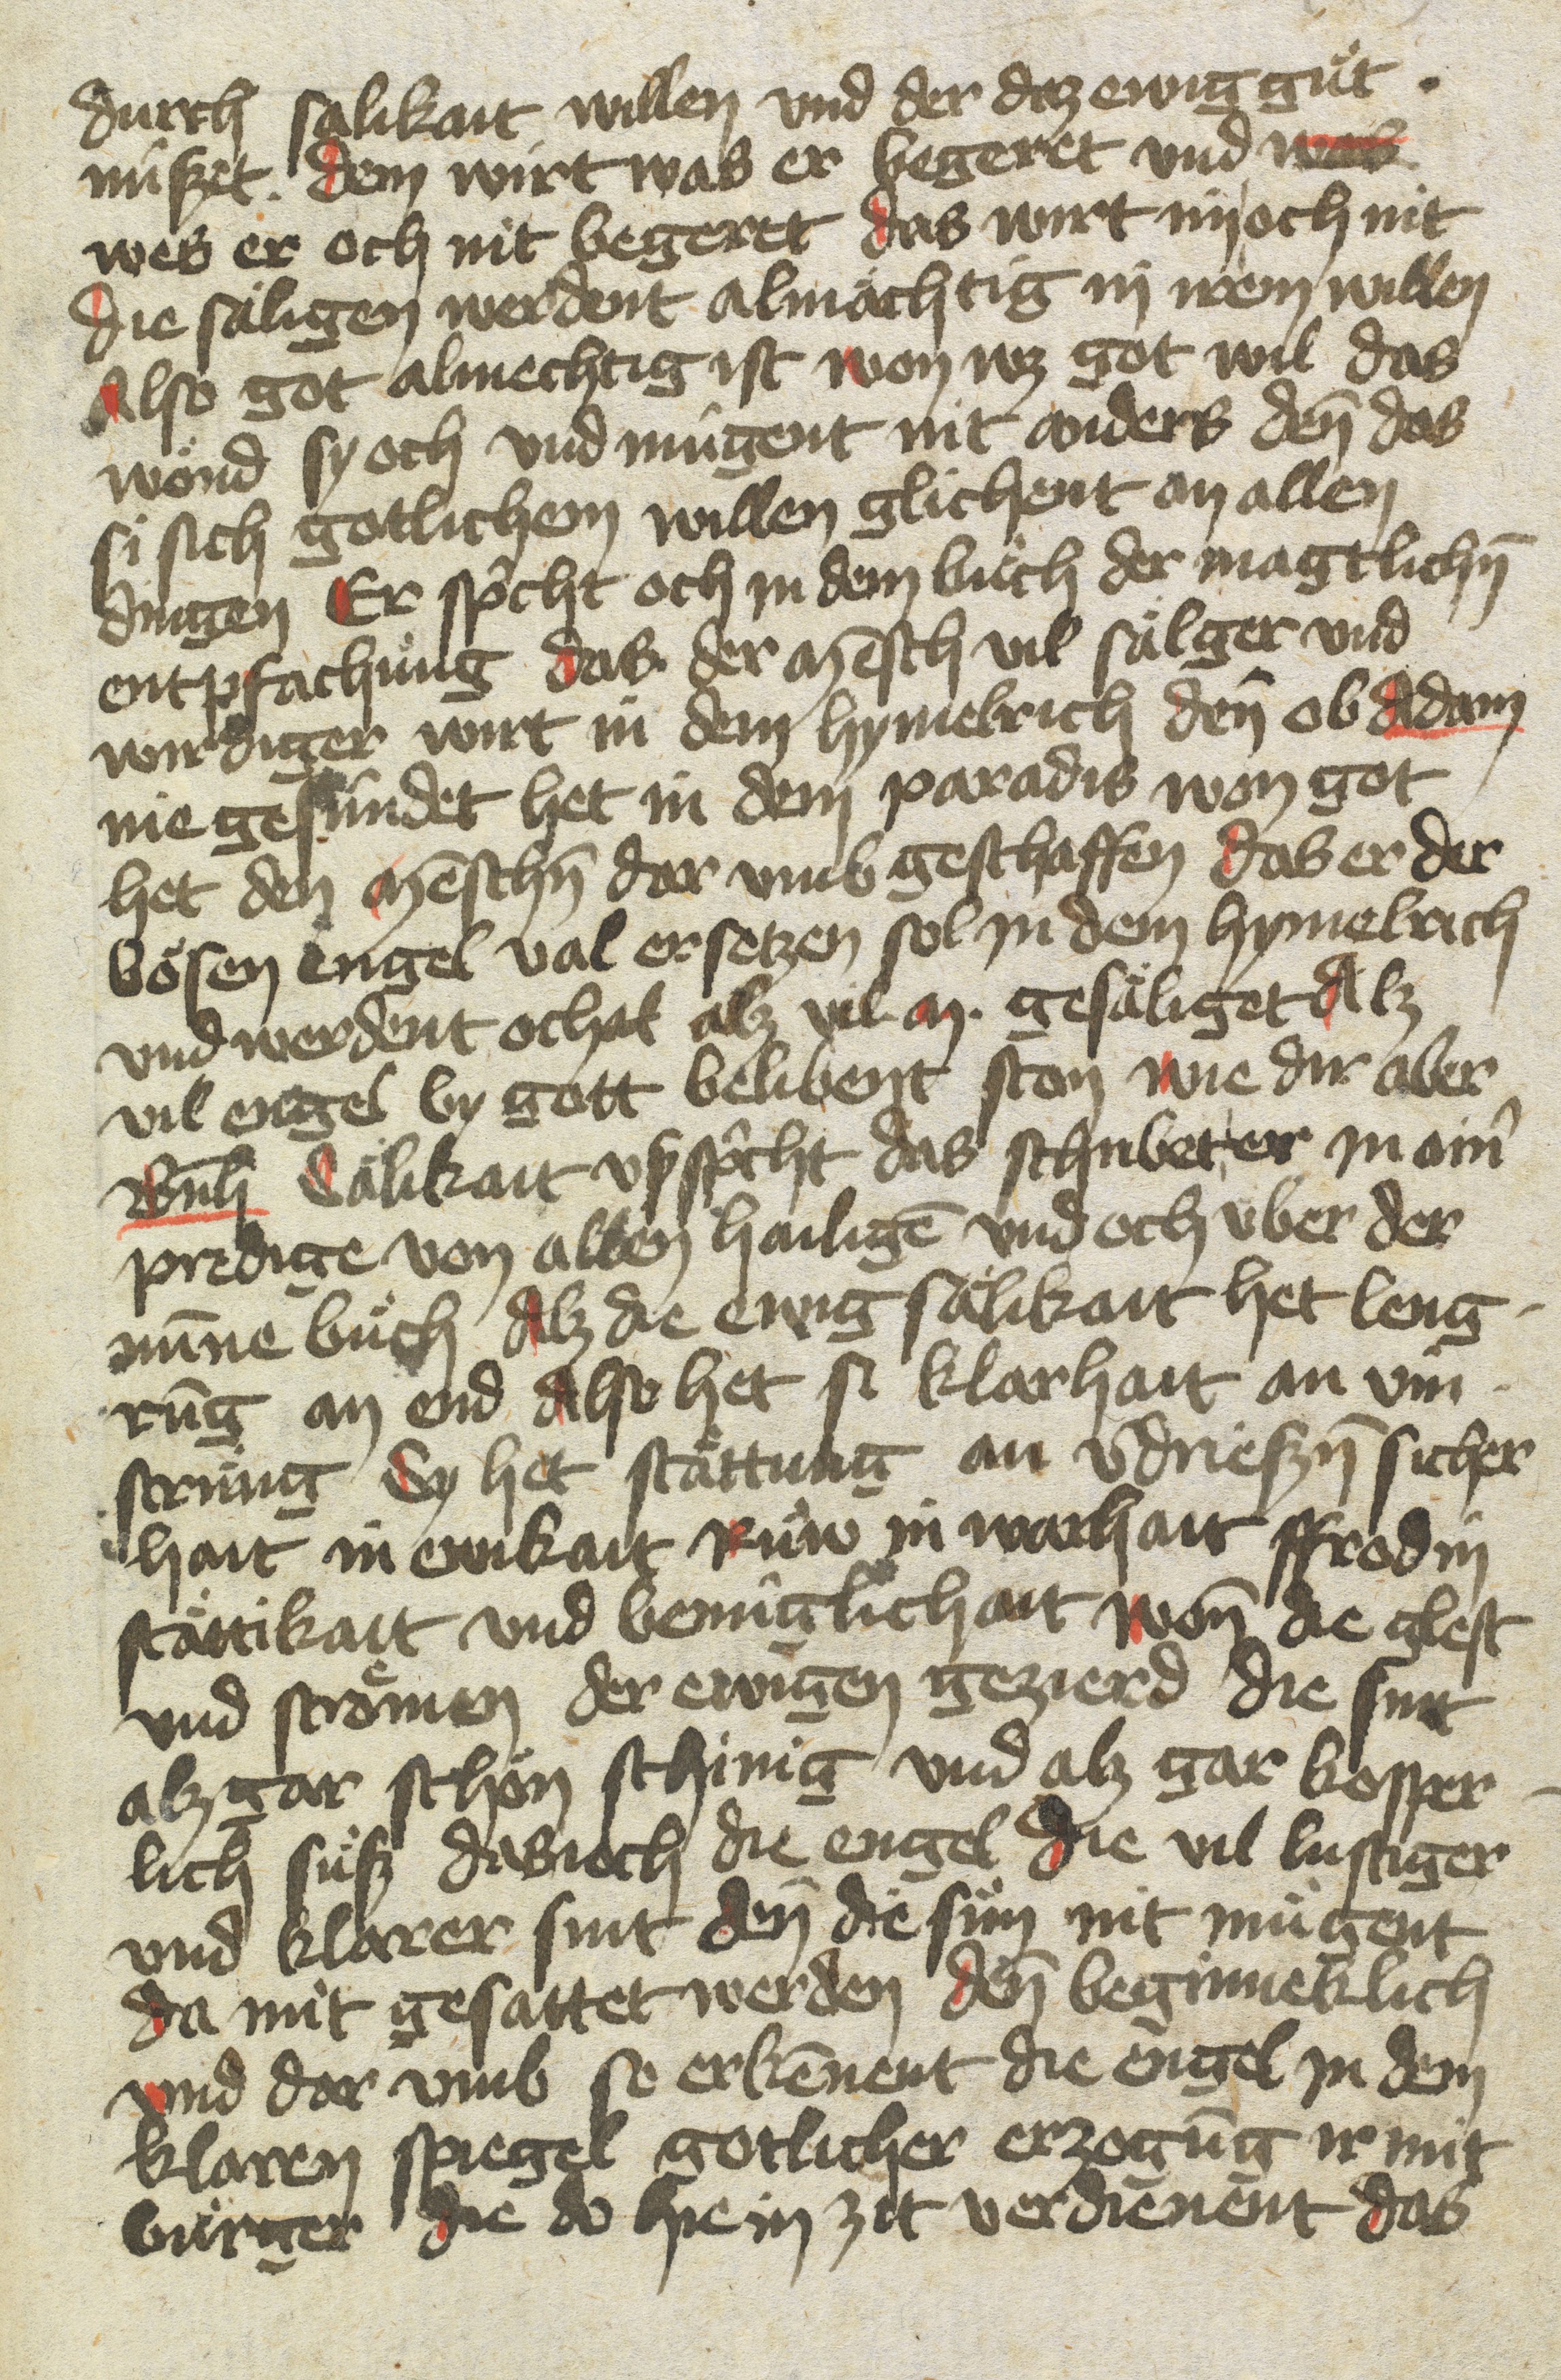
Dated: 1400–1499